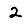
Digit: 2